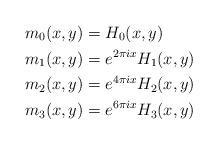
LaTeX: \begin{align*}m_{0}(x,y) &= H_{0}(x,y) \\m_{1}(x,y) &= e^{2 \pi i x} H_{1}(x,y) \\m_{2}(x,y) &= e^{4 \pi i x} H_{2}(x,y) \\m_{3}(x,y) &= e^{6 \pi i x} H_{3}(x,y)\end{align*}